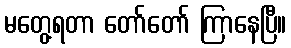
မတွေ့ရတာ တော်တော် ကြာနေပြီ။